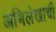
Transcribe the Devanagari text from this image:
अभिलेखाची